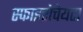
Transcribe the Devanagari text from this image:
स्फाइरोचेयटा